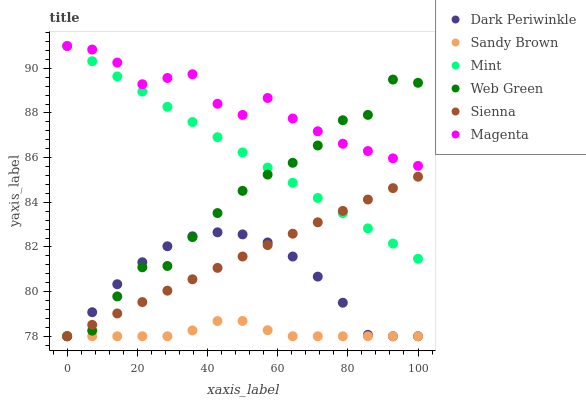
| xaxis_label | Dark Periwinkle | Sandy Brown | Mint | Web Green | Sienna | Magenta |
 | --- | --- | --- | --- | --- | --- | --- |
 | 0 | 78 | 78 | 91 | 78 | 78 | 91 |
 | 7.14 | 79.1 | 78 | 90.3 | 78.3 | 78.5 | 90.8 |
 | 14.3 | 80.3 | 78 | 89.6 | 79.8 | 79 | 90.3 |
 | 21.4 | 81.3 | 78 | 89 | 81.1 | 79.5 | 89.3 |
 | 28.6 | 82 | 78 | 88.3 | 81.1 | 80 | 89.6 |
 | 35.7 | 82.5 | 78.3 | 87.6 | 82.4 | 80.6 | 89.7 |
 | 42.9 | 82.7 | 78.7 | 86.9 | 83.5 | 81.1 | 88.4 |
 | 50 | 82.6 | 78.7 | 86.2 | 84.5 | 81.6 | 87.9 |
 | 57.1 | 82.2 | 78.3 | 85.6 | 85.2 | 82.1 | 88.7 |
 | 64.3 | 81.6 | 78 | 84.9 | 85.8 | 82.6 | 87.8 |
 | 71.4 | 80.7 | 78 | 84.2 | 86.5 | 83.1 | 87.2 |
 | 78.6 | 79.5 | 78 | 83.5 | 87.7 | 83.6 | 86.6 |
 | 85.7 | 78.1 | 78 | 82.8 | 87.9 | 84.1 | 86.3 |
 | 92.9 | 78 | 78 | 82.2 | 89.5 | 84.6 | 86 |
 | 100 | 78 | 78 | 81.5 | 89.4 | 85.1 | 85.6 |